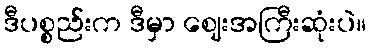
ဒီပစ္စည်းက ဒီမှာ ဈေးအကြီးဆုံးပဲ။